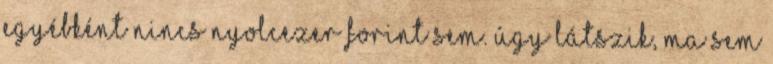
egyébként nincs nyolcezer forint sem. Úgy látszik, ma sem